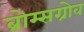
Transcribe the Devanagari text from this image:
ब्रोम्सग्रोव